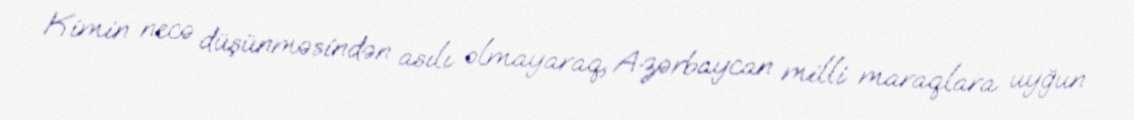
Kimin necə düşünməsindən asılı olmayaraq, Azərbaycan milli maraqlara uyğun